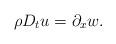
LaTeX: \begin{align*}\rho D_tu = \partial_x w.\end{align*}